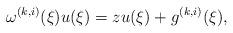
LaTeX: \begin{align*}\omega^{(k,i)}(\xi)u(\xi)=zu(\xi)+g^{(k,i)}(\xi),\end{align*}